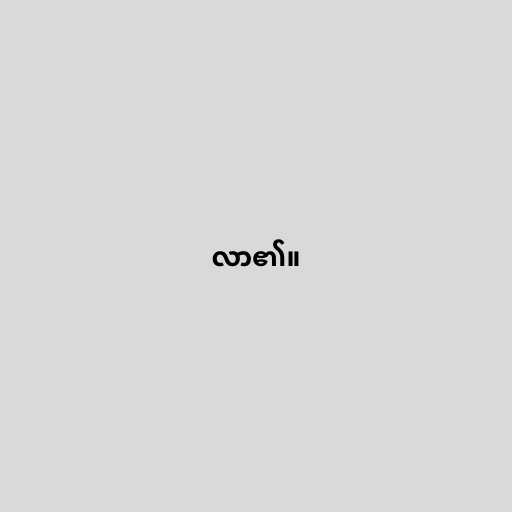
လာ၏။